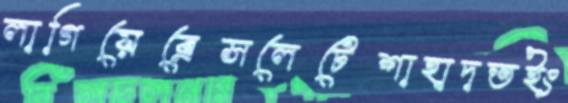
লাগিয়েব্রেসলেটেশাহাদতইং